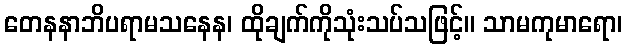
တေနနာဘိပရာမသနေန၊ ထိုချက်ကိုသုံးသပ်သဖြင့်။ သာမကုမာရော၊